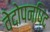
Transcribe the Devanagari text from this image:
वेदोपनषि्द